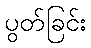
ပွတ်ခြင်း